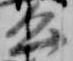
公